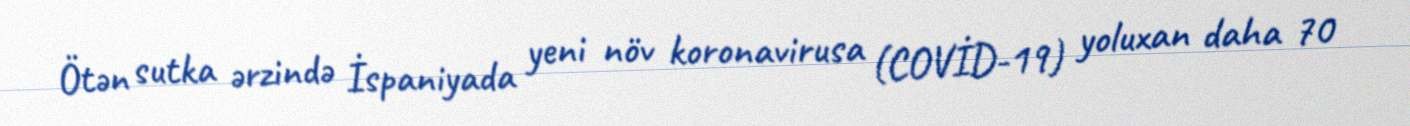
Ötən sutka ərzində İspaniyada yeni növ koronavirusa (COVİD-19) yoluxan daha 70